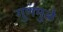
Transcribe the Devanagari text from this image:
गुणमुळे